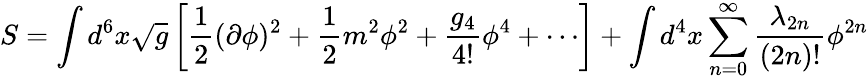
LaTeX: S=\int d^{6}x\sqrt{g}\left[{\frac{1}{2}}(\partial\phi)^{2}+{\frac{1}{2}}m^{2}\phi^{2}+{\frac{g_{4}}{4!}}\phi^{4}+\cdots\right]+\int d^{4}x\sum_{n=0}^{\infty}{\frac{\lambda_{2n}}{(2n)!}}\phi^{2n}